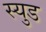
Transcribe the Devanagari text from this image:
स्युड